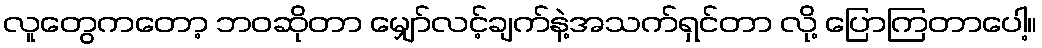
လူတွေကတော့ ဘဝဆိုတာ မျှော်လင့်ချက်နဲ့အသက်ရှင်တာ လို့ ပြောကြတာပေါ့။